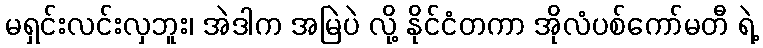
မရှင်းလင်းလှဘူး၊ အဲဒါက အမြဲပဲ လို့ နိုင်ငံတကာ အိုလံပစ်ကော်မတီ ရဲ့